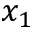
x _ { 1 }